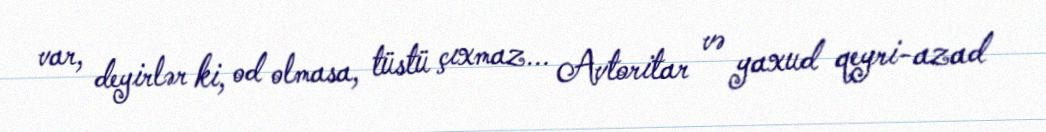
var, deyirlər ki, od olmasa, tüstü çıxmaz... Avtoritar və yaxud qeyri-azad